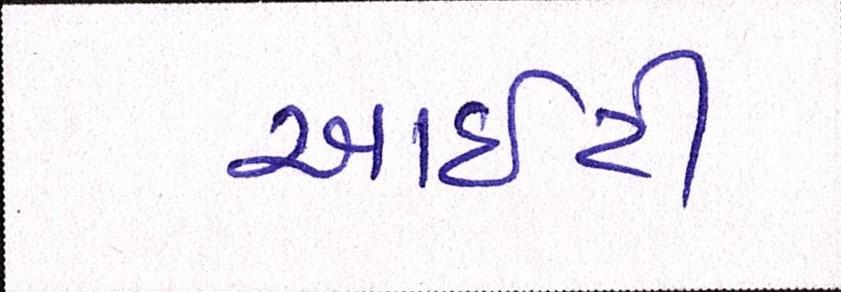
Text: આઇટી